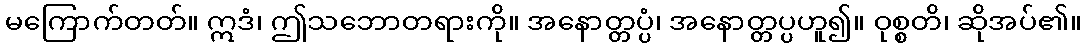
မကြောက်တတ်။ ဣဒံ၊ ဤသဘောတရားကို။ အနောတ္တပ္ပံ၊ အနောတ္တပ္ပဟူ၍။ ဝုစ္စတိ၊ ဆိုအပ်၏။